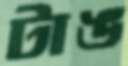
টাঙ